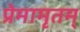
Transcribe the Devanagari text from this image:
प्रेमामृतम्